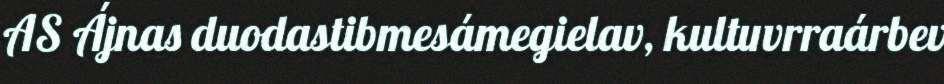
AS Ájnas duodastibmesámegielav, kultuvrraárbev